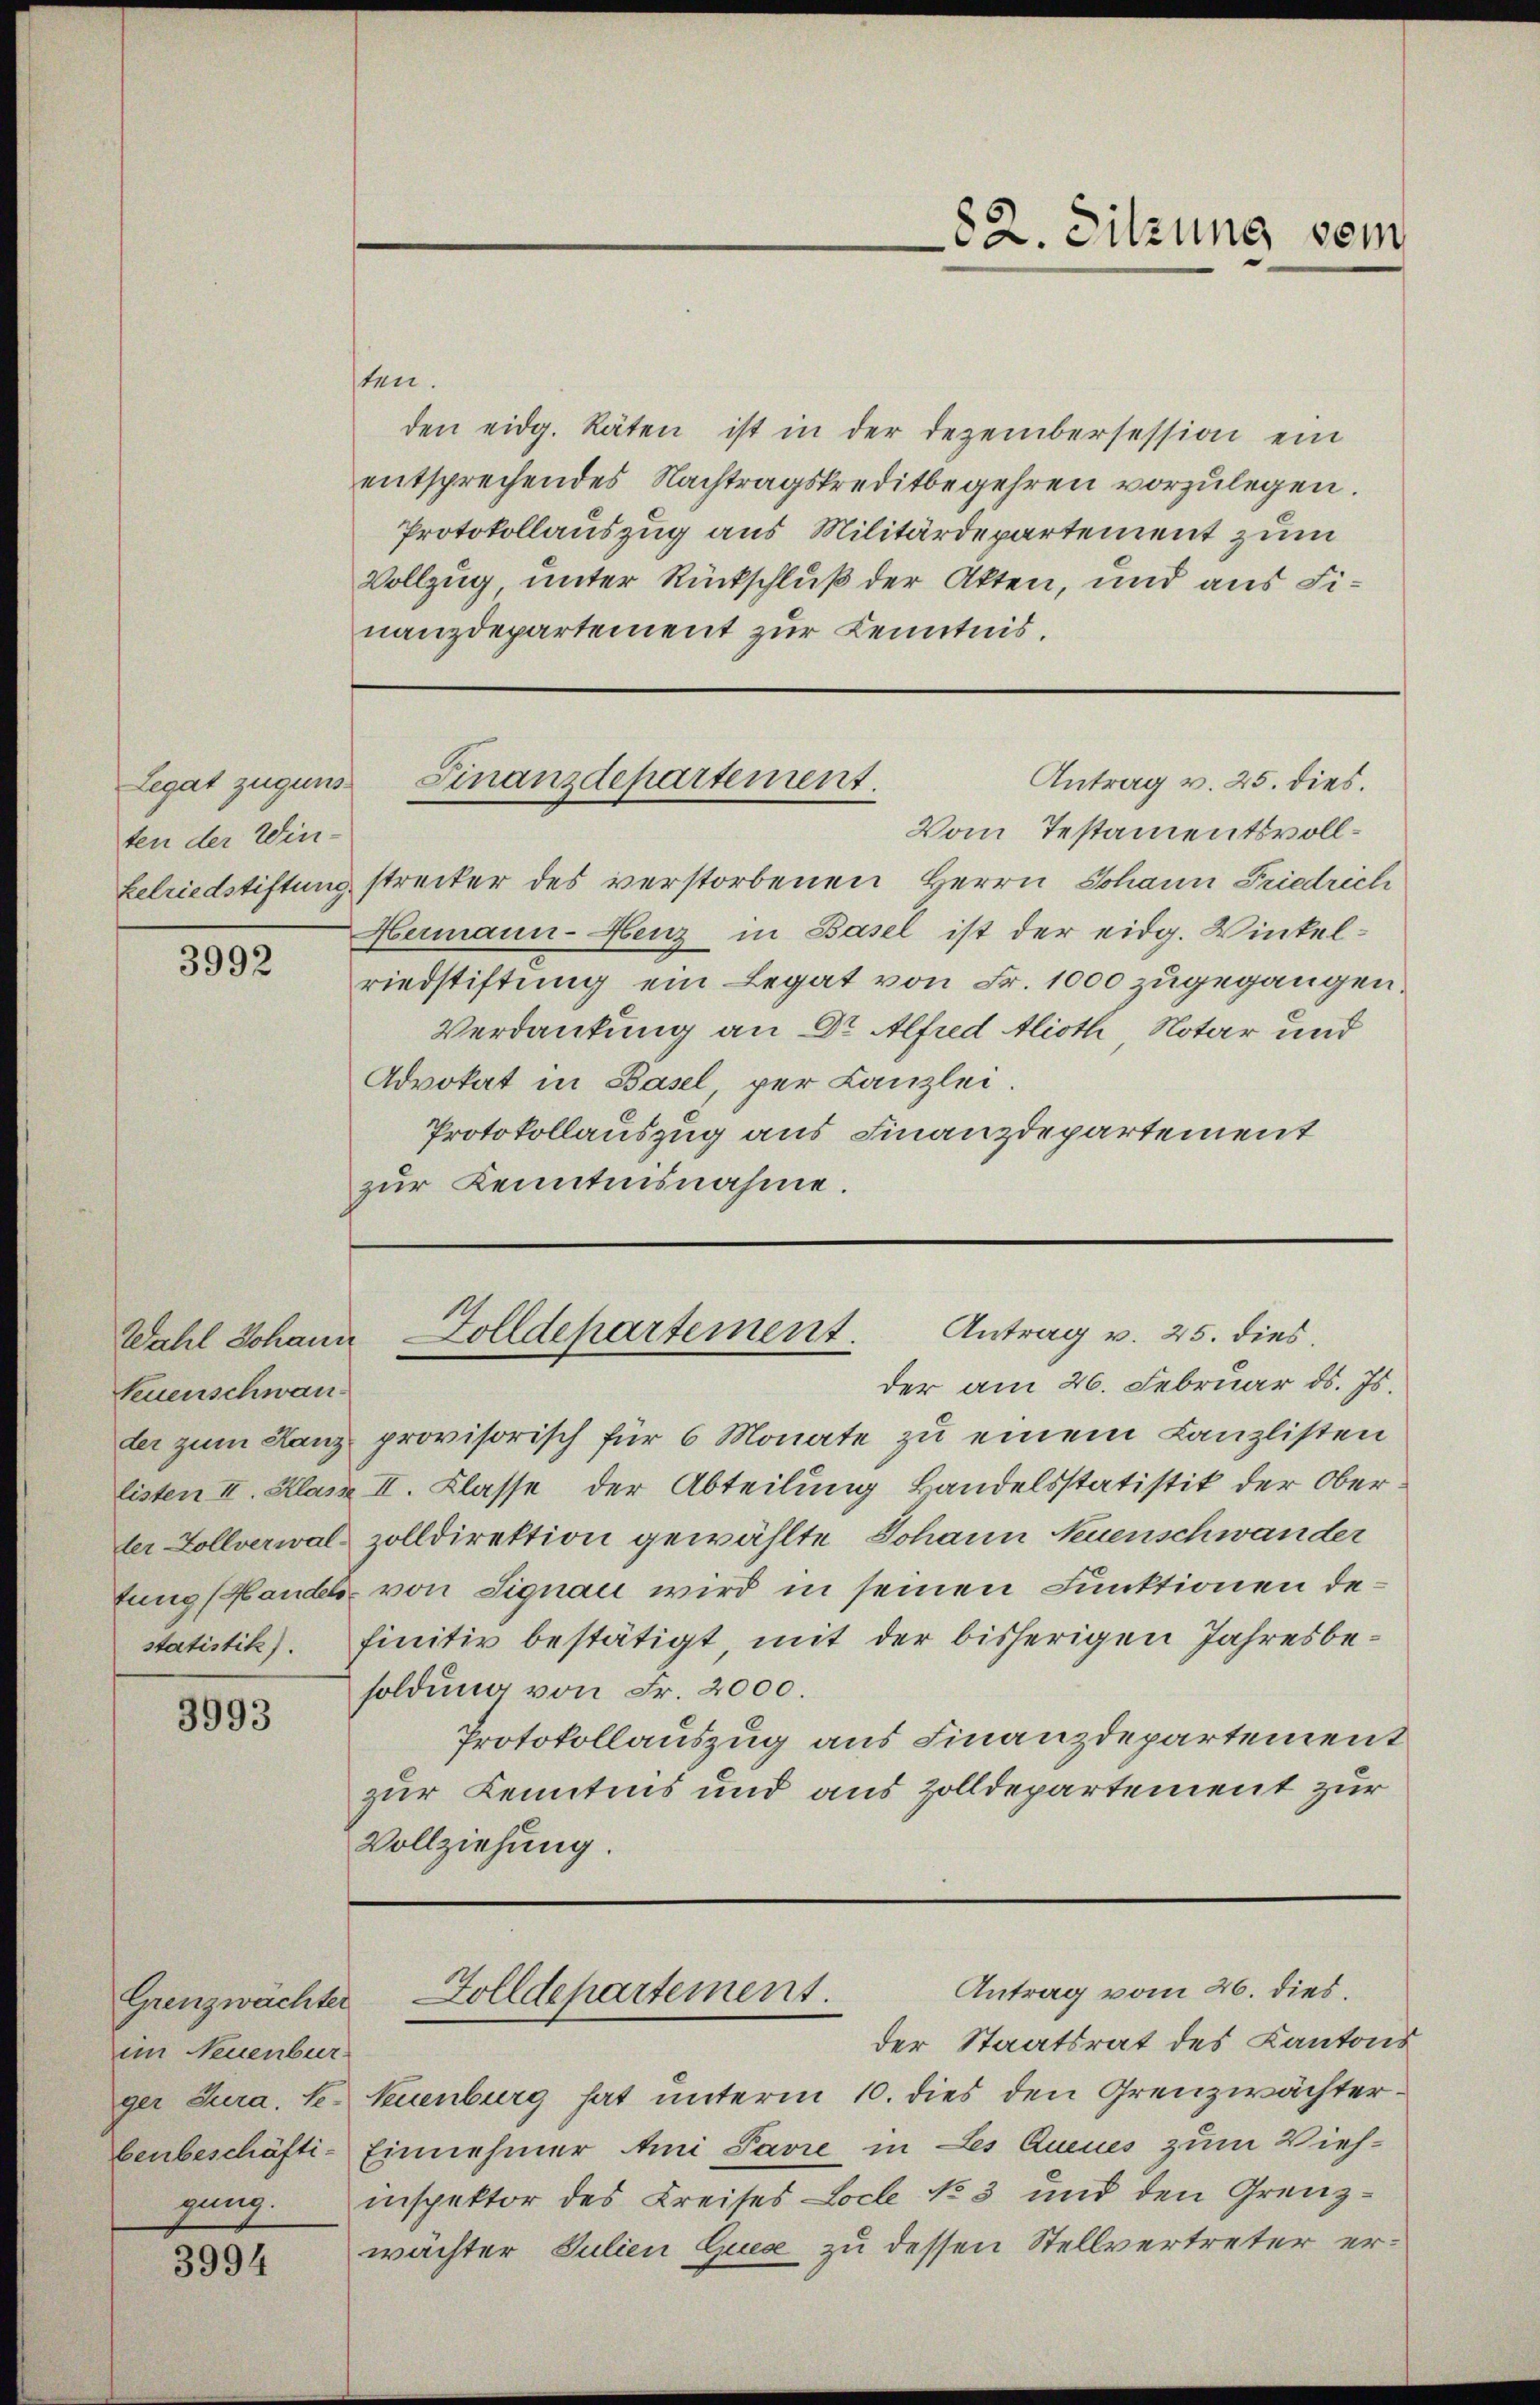
Legat zugunsten der Winkelriedstiftung

3992

Feuenschwan¬

3993

Grenzwächter
im Neuenbur
benbeschäftigung.

3994

sten.
den eidg. Räten ist in der Dezembersession ein
entsprechendes Nachtragskreditbegehren vorzulegen.
Protokollauszug aus Militärdepartement zum
Vollzug, unter Rückschluß der Akten, und aus Finanzdepartement zur Kenntnis.

der am 26. Februar d. Js.
der zum Kanz provisorisch für 6 Monate zu einem Kanzlisten
listen II. Klasz II. Klasse der Abteilung Bandelsstatistik der Ober
ler Zollverwal zolldirektion gewählte Johann Neuenschwander
fung (Handel von Signau wird in seinen Funktionen destatistik). finitiv bestätigt, mit der bisherigen Jahresbe-
soldung von Fr. 2000.
Protokollauszug aus Finanzdepartement
zur Kenntnis und aus Zolldepartement zur
Vollziehung.

Vom Testamentsvollstrecker des verstorbenen Herrn Johann Friedrich
Hermann-Henz in Basel ist der eidg. Winkelriedstiftung ein Legat von Fr. 1000 zugegangen.
Verdankung an Dr Alfred Alioth Notar und
Advokat in Basel, per Kanzlei.
Protokollauszug aus Finanzdepartement
zur Kenntnisnahme.

Antrag v. 25. dies.
Finanzdepartement.

82. Sitzung vom

Antrag v. 25. dies.
Wahl Johann Zolldepartement.

ger Jura. te. Neuenburg hat unterm 10. dies den Grenzwächter¬
Einnehmer Ami Pavre in Les Queues zum Viehinspektor des Kreises Loche No 3 und den Grenzwächter Julien Quere zu dessen Stellvertreter er¬

Antrag vom 26. dies.
Zolldepartement.
der Staatsrat des Kantons